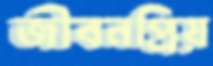
জীবনপ্রিয়